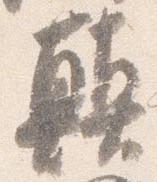
顛